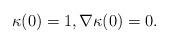
LaTeX: \begin{align*}\kappa(0)=1, \nabla \kappa(0)=0.\end{align*}